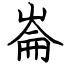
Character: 崙